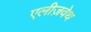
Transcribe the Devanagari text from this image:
एलीज़वेथ